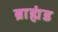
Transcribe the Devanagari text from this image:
ब्राह्मंड